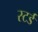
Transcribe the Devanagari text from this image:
स्टर्ड